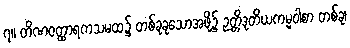
၇။ တိဏဝတ္ထာရကသမထ၌ တစ်ခုခုသောအဖို့၌ ဉတ္တိဒုတိယကမ္မဝါစာ တစ်ခု၊